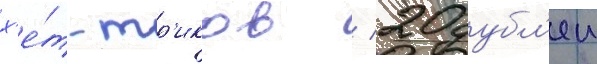
х'е́т-тр'иков / 20 дубл'еи